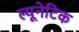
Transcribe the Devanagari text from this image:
ल्यूनेटिक